Reports on dispensaries and lunatic asylums in the Province of Oudh - 1869-1876
Year: 1869
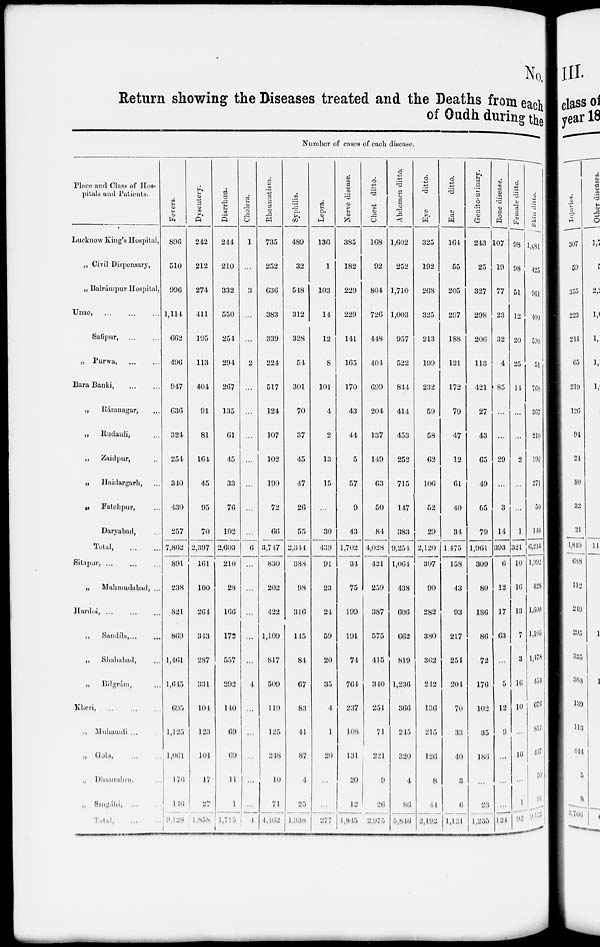
No.
Return showing the Diseases treated and the Deaths from each
of Oudh during the
Number of cases of each disease.
Place and Class of Hos-
pitals and Patients.
Lucknow King's Hospital,
„ Civil Dispensary,
„ Balrámpur Hospital,
Unao, ... ... ...
Safipur, ... ...
„ Purwa,
...
...
Bara Banki,
...
...
„ Rámnagar, ...
„
Rudauli, ...
„
Zaidpur, ..
„
Haidargarh, ...
„
Fatehpur, ...
Daryabad, ...
Total,
...
...
Sitapur, ... ... ...
„
Mahmudabad, ...
Hardoi, ... ... ...
„
Sandíla,... ...
„
Shahabad, ...
„ Bilgrám, ...
Kheri, .. ... ...
„ Muhamdi ...
„ Gola, ... ...
.,
Dhaurahra, ... ...
„
Singáhi, ... ...
Total
....
...
Fevers.
896
510
996
1,114
662
496
947
636
324
254
340
430
257
7,862
891
238
824
869
1,461
1,645
695
1,125
1,061
176
146
9,128
Dysentery.
242
212
274
411
195
113
404
91
81
164
45
95
70
2,397
161
100
264
343
287
331
104
123
101
17
27
1,858
Diarrhœa.
244
210
332
550
254
294
267
135
61
45
33
76
102
2,603
210
28
166
172
557
292
140
69
69
11
1
1,715
Cholera.
1
...
3
...
...
2
...
...
...
...
...
...
...
6
...
...
...
...
...
4
...
...
...
...
...
4
Rheumatism.
735
252
636
383
339
224
517
124
107
102
190
72
66
3,747
830
202
422
1,109
817
509
119
125
248
10
71
4,462
Syphilis.
489
32
548
312
328
54
301
70
37
45
47
26
55
2,344
388
98
316
145
84
67
83
44
87
4
25
1,338
Lepra.
136
1
103
14
12
8
101
4
2
13
15
...
30
439
91
23
24
59
20
35
4
1
20
...
...
277
Nerve disease.
385
182
229
229
141
165
170
43
44
5
57
9
43
1,702
34
75
199
191
74
764
237
108
131
20
12
1,845
Chest ditto.
168
92
804
726
448
404
699
204
137
149
63
50
84
4,028
421
259
387
575
415
340
251
71
221
9
26
2,975
Abdomen ditto.
1,602
252
1,710
1,003
957
522
844
414
453
252
715
147
383
9,254
1,064
438
606
662
819
1,236
366
245
320
4
86
5,846
Eye
ditto.
325
192
268
325
213
199
232
59
58
62
106
52
29
2,120
307
90
282
380
362
242
136
215
126
8
44
2,192
Ear
ditto.
164
55
205
297
188
121
172
79
47
12
61
40
34
1,475
158
43
93
217
254
204
70
33
40
3
6
1,121
Genito-urinary.
243
25
327
298
206
113
421
27
43
65
49
65
79
1,961
309
80
186
86
72
176
102
35
186
...
23
1,255
Bone disease.
107
19
77
23
32
4
85
...
...
29
...
3
14
393
6
12
17
63
...
5
12
9
...
...
...
124
Female ditto.
98
98
51
12
20
25
14
...
...
2
...
...
1
321
10
16
13
7
3
16
10
...
16
...
1
92
Skin ditto.
1,881
425
961
400
590
51
768
267
210
196
271
50
146
6,216
1,992
428
1,600
1,105
1,478
453
676
812
437
50
91
9,122